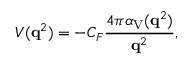
V ( { \bf q } ^ { 2 } ) = - C _ { F } \frac { 4 \pi \alpha _ { \mathrm { V } } ( { \bf q } ^ { 2 } ) } { { \bf q } ^ { 2 } } ,